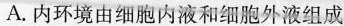
叙述，正确的是